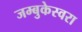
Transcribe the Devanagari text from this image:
जम्बुकेस्वरा